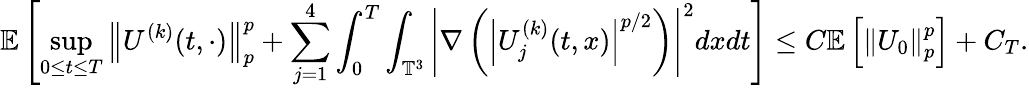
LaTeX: \mathbb{E}\left[\operatorname*{sup}_{0\leq t\leq T}\left\| U^{(k)}(t,\cdot)\right\| _{p}^{p}+\sum_{j=1}^{4}\int_{0}^{T}\int_{\mathbb{T}^{3}}\left|\nabla\left(\left|U_{j}^{(k)}(t,x)\right|^{p/2}\right)\right|^{2}dxdt\right]\leq C\mathbb{E}\left[\left\| U_{0}\right\| _{p}^{p}\right]+C_{T}.